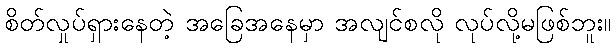
စိတ်လှုပ်ရှားနေတဲ့ အခြေအနေမှာ အလျင်စလို လုပ်လို့မဖြစ်ဘူး။